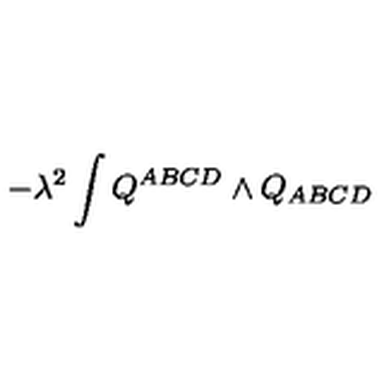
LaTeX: - \lambda ^ { 2 } \int Q ^ { A B C D } \wedge Q _ { A B C D } \label E